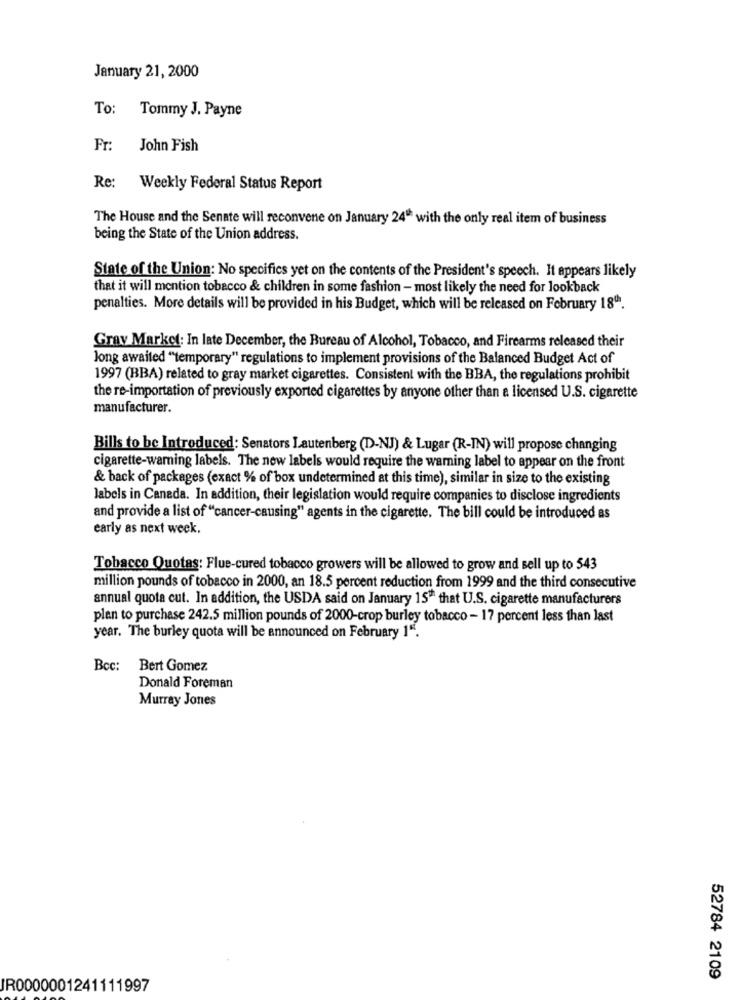
January 21, 2000
To: Tommy J. Payne
Fr:
John Fish
Re: Weekly Federal Status Report
The House and the Senate will reconvene on January 24" with the only real item of business
being the State of the Union address.
State of the Union: No specifics yet on the contents of the President's speech. It appears likely
that it will mention tobacco & children in some fashion - most likely the need for lookback
penalties. More details will be provided in his Budget, which will be released on February 18".
Grav Market: In late December, the Bureau of Alcohol, Tobacco, and Firearms released their
long awaited "temporary" regulations to implement provisions of the Balanced Budget Act of
1997 (BBA) related to gray market cigarettes. Consistent with the BBA, the regulations prohibit
the re-importation of previously exported cigarettes by anyone other than a licensed U.S. cigarette
manufacturer.
Bills to be Introduced: Senators Lautenberg (D-NJ) & Lugar (R-IN) will propose changing
cigarette-warning labels. The new labels would require the warning label to appear on the front
& back of packages (exact % of box undetermined at this time), similar in size to the existing
labels in Canada. In addition, their legislation would require companies to disclose ingredients
and provide a list of "cancer-causing" agents in the cigarette. The bill could be introduced as
early as next week.
Tobacco Quotas: Flue-cured tobacco growers will be allowed to grow and sell up to 543
million pounds of tobacco in 2000, an 18.5 percent reduction from 1999 and the third consecutive
annual quota cut. In addition, the USDA said on January 15" that U.S. cigarette manufacturers
plan to purchase 242.5 million pounds of 2000-crop burley tobacco - 17 percent less than last
year. The burley quota will be announced on February 1".
Bcc: Bert Gomez
Donald Foreman
Murray Jones
52784 2109
JR0000001241111997